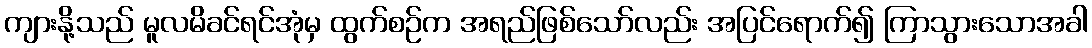
ကျားနို့သည် မူလမိခင်ရင်အုံမှ ထွက်စဉ်က အရည်ဖြစ်သော်လည်း အပြင်ရောက်၍ ကြာသွားသောအခါ